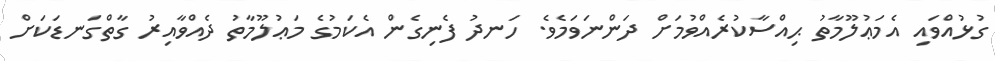
ގުޅުއްވައި އެމަޢުލޫމާތު ޙިއްސާކުރެއްވުމަށް ދަންނަވަމެވެ. ހަނދު ފެނިގެން އެކަމުގެ މަޢުލޫމާތު ދެއްވާއިރު ގާތްގަނޑަކަށް